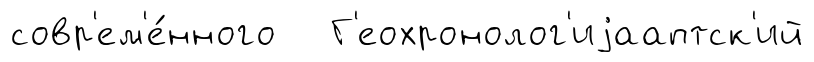
совр'ем'е́нного Г'еохронолог'иjааптск'ий